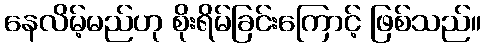
နေလိမ့်မည်ဟု စိုးရိမ်ခြင်းကြောင့် ဖြစ်သည်။